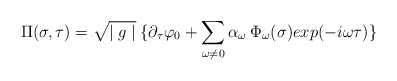
\begin{align*}\Pi(\sigma,\tau) = \sqrt{\mid g \mid}\: \{ \partial_\tau \varphi_0 + \sum_{\omega \neq0} \alpha_\omega\:\Phi_\omega(\sigma) exp(-i \omega \tau) \}\end{align*}